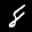
Label: 8